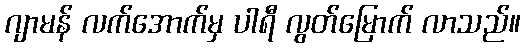
ဂျာမန် လက်အောက်မှ ပါရီ လွတ်မြောက် လာသည်။